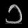
Digit: ၁